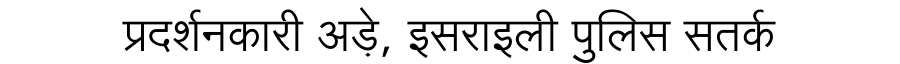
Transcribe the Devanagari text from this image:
प्रदर्शनकारी अड़े, इसराइली पुलिस सतर्क